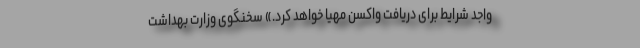
واجد شرایط برای دریافت واکسن مهیا خواهد کرد.» سخنگوی وزارت بهداشت